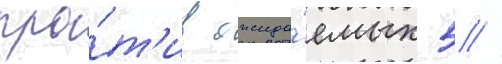
про́т'ив ожида́емых 5 //